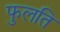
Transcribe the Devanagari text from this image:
फुलति